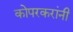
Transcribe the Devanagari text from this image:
कोपरकरांनी